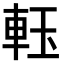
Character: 𨋔